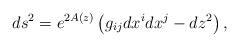
LaTeX: \begin{align*}ds^2 = e^{2A(z)} \left( g_{ij} dx^i dx^j - dz^2 \right),\end{align*}